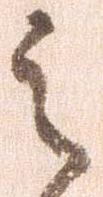
之